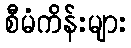
စီမံကိန်းများ